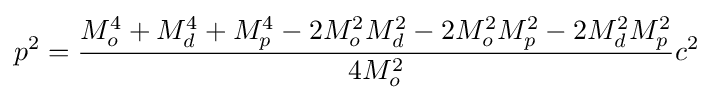
p^{2}={\frac {M_{o}^{4}+M_{d}^{4}+M_{p}^{4}-2M_{o}^{2}M_{d}^{2}-2M_{o}^{2}M_{p}^{2}-2M_{d}^{2}M_{p}^{2}}{4M_{o}^{2}}}c^{2}